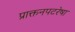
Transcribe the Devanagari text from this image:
प्राक्तनपटरेषा